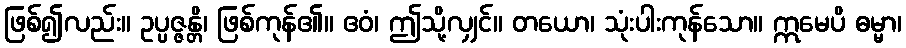
ဖြစ်၍လည်း။ ဥပ္ပဇ္ဇန္တိ၊ ဖြစ်ကုန်၏။ ဧဝံ၊ ဤသို့လျှင်။ တယော၊ သုံးပါးကုန်သော။ ဣမေပိ ဓမ္မာ၊